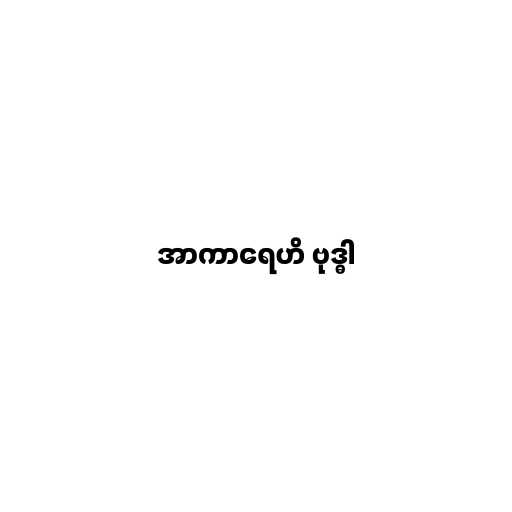
အာကာရေဟိ ဗုဒ္ဓါ